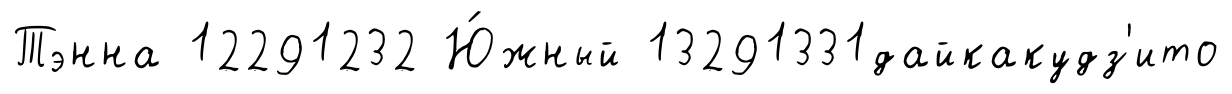
Тэнна 12291232 Ю́жный 13291331дайкакудз'ито